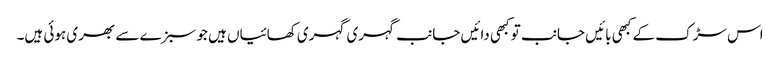
اس سڑک کے کبھی بائیں جانب تو کبھی دائیں جانب گہری گہری کھائیاں ہیں جو سبزے سے بھری ہوئی ہیں۔